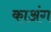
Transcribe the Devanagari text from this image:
काअंग